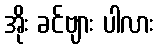
အိုး ခင်ဗျား ပါလား